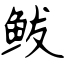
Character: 鲅